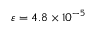
\varepsilon = 4 . 8 \times 1 0 ^ { - 5 }